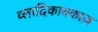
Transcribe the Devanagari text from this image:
व्लादिकावकाज़